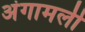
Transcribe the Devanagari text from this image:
अंगामली